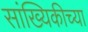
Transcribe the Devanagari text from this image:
सांख्यिकीच्या